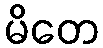
မိတေ